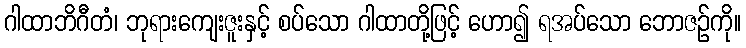
ဂါထာဘိဂီတံ၊ ဘုရားကျေးဇူးနှင့် စပ်သော ဂါထာတို့ဖြင့် ဟော၍ ရအပ်သော ဘောဇဉ်ကို။